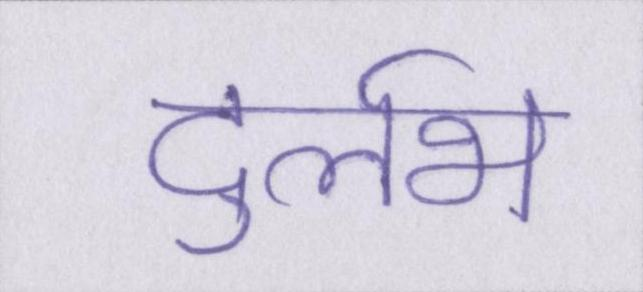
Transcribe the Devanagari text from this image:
दुर्लभ